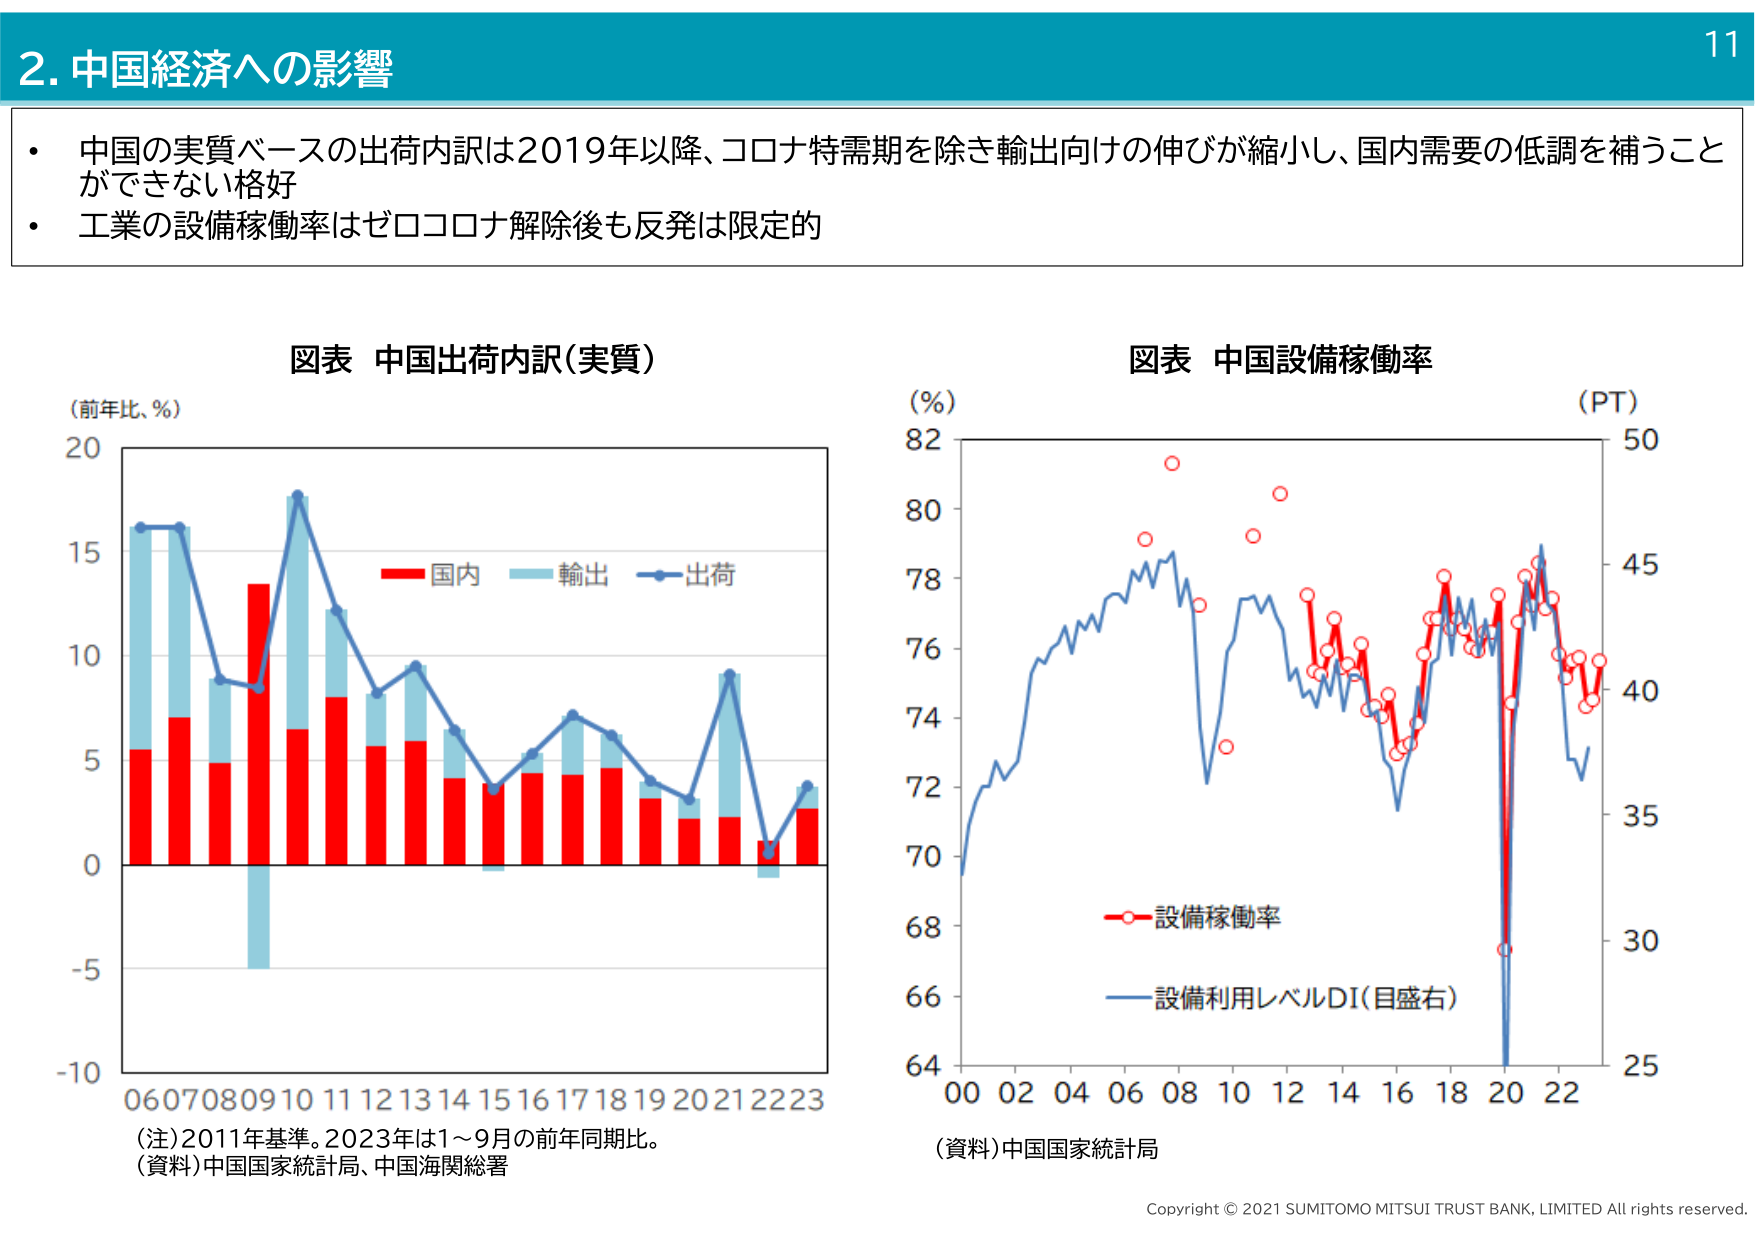
2. 中国経済への影響

・ 中国の実質ベースの出荷内訳は2019年以降、コロナ特需期を除き輸出向けの伸びが縮小し、国内需要の低調を補うことができない格好
・ 工業の設備稼働率はゼロコロナ解除後も反発は限定的

図表 中国出荷内訳(実質)
(前年比、％)
06 07 08 09 10 11 12 13 14 15 16 17 18 19 20 21 22 23
(注)2011年基準。2023年は1～9月の前年同期比。
(資料)中国国家統計局、中国海関総署

図表 中国設備稼働率
(％)
(PT)
50
45
40
35
30
25
00 02 04 06 08 10 12 14 16 18 20 22
(資料)中国国家統計局

Copyright © 2021 SUMITOMO MITSUI TRUST BANK, LIMITED All rights reserved.

11